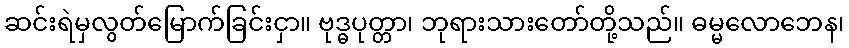
ဆင်းရဲမှလွတ်မြောက်ခြင်းငှာ။ ဗုဒ္ဓပုတ္တာ၊ ဘုရားသားတော်တို့သည်။ ဓမ္မလောဘေန၊